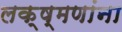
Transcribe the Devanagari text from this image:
लक्ष्मणांना